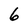
Character: 6